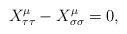
\begin{align*}X_{\tau \tau }^\mu -X_{\sigma \sigma }^\mu =0, \end{align*}